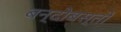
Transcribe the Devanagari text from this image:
बन्दोबस्तों